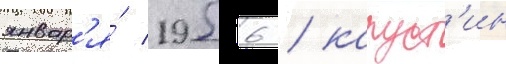
январ'я́ 1956 / капуст'ин